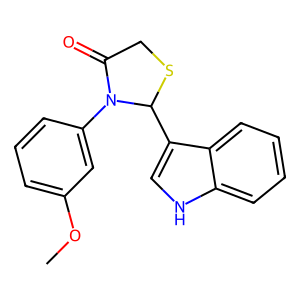
SMILES: COc1cccc(N2C(=O)CSC2c2c[nH]c3ccccc23)c1
Inhibits HIV replication: No